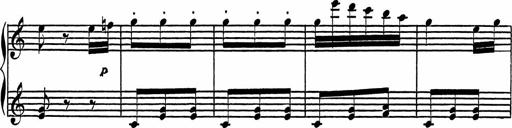
Title: 4 Piano Sonatinas
Composer: Adam Geibel